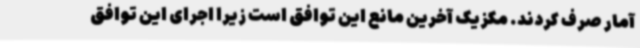
آمار صرف کردند. مکزیک آخرین مانع این توافق است زیرا اجرای این توافق